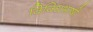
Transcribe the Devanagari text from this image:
विविधभाषी